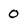
Character: 0